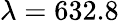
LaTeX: \lambda=632.8